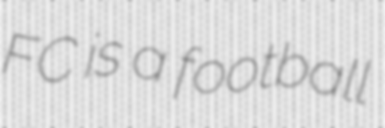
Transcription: FC is a football